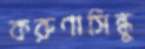
করুণাসিন্ধু